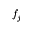
f _ { j }